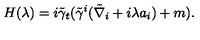
H ( \lambda ) = i \tilde { \gamma } _ { t } ( \tilde { \gamma } ^ { i } ( \tilde { \nabla } _ { i } + i \lambda a _ { i } ) + m ) .